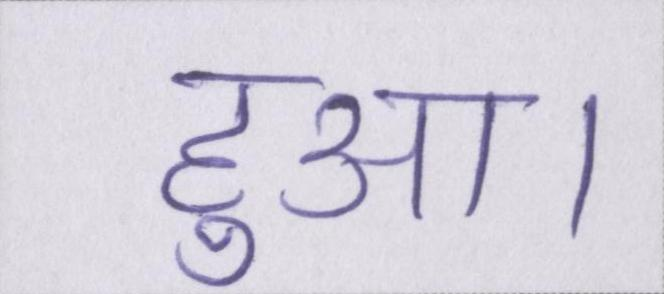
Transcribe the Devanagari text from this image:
हुआ।